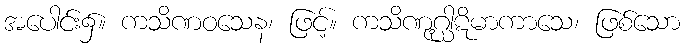
အပေါင်း၌။ ကသိဏဝသေန၊ ဖြင့်။ ကသိဏုဂ္ဃါဋိမာကာသေ၊ ဖြစ်သော